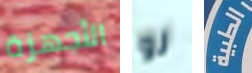
الأجهزة لو الطبية